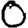
Digit: 0